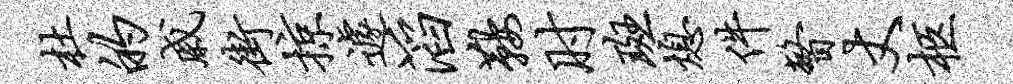
杜的戚街掠遽滔鞍肘斑熄件瞥丈柩